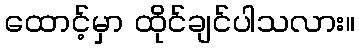
ထောင့်မှာ ထိုင်ချင်ပါသလား။